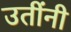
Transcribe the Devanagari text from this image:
उतींनी